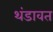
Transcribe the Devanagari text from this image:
थंडावत